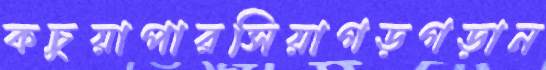
কচুয়াপারসিয়াগড়গড়ান